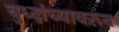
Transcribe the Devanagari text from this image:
बुध्दांच्यावरून